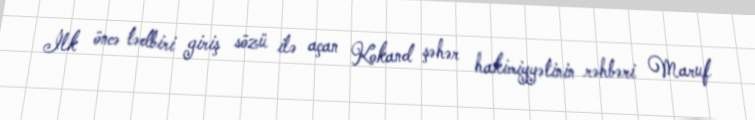
İlk öncə tədbiri giriş sözü ilə açan Kokand şəhər hakimiyyətinin rəhbəri Maruf